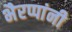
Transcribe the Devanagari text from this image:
भैरप्पांनी